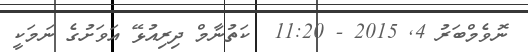
ނޮވެމްބަރު 4